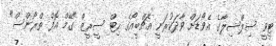
ޓީވީ ސިލްސިލާގެ އެވޯޑަށް ވާދަކުރަނީ އެޗްބީއޯގެ ހިޓް ސީރީޒް "ގޭމް އޮފް ތްރޯންސް"